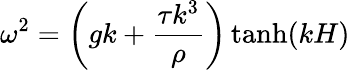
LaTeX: \omega^{2}=\left(gk+\frac{\tau k^{3}}{\rho}\right)\operatorname{tanh}(kH)